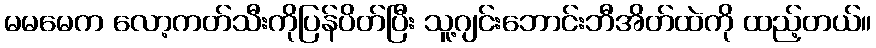
မမမေက လော့ကတ်သီးကိုပြန်ပိတ်ပြီး သူ့ဂျင်းဘောင်းဘီအိတ်ထဲကို ထည့်တယ်။